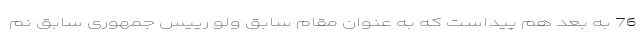
76 به بعد هم پیداست که به عنوان مقام سابق ولو رییس جمهوری سابق نم